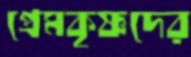
প্রেমকৃষ্ণদের